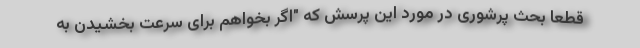
قطعا بحث پرشوری در مورد این پرسش که "اگر بخواهم برای سرعت بخشیدن به